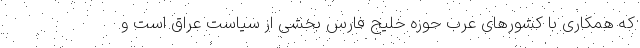
که همکاری با کشورهای عرب حوزه خلیج فارس بخشی از سیاست عراق است و